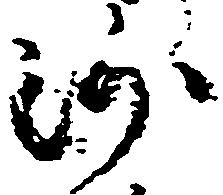
沙